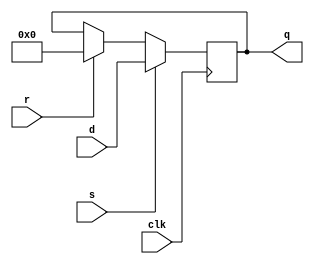
module part11(clk, s, r, d, q);

input clk, s, r;
input [7:0] d;
output reg [7:0] q;

always@(posedge clk)
 begin

  if(s)
   begin
    q <= d;
   end

  else if(r)
   begin
    q <= 0;
   end

  else if(~s & ~r)
   begin
    q <= q;
   end

 end

endmodule